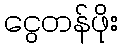
ငွေတန်ဖိုး